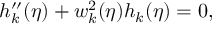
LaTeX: h _ { k } ^ { \prime \prime } ( \eta ) + w _ { k } ^ { 2 } ( \eta ) h _ { k } ( \eta ) = 0 ,